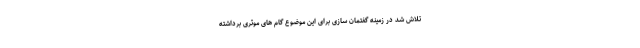
تلاش شد در زمینه گفتمان سازی برای این موضوع گام های موثری برداشته